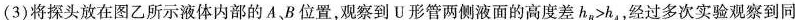
(3)将探头放在图乙所示液体内部的A、B位置，观察到U形管两侧液面的高度差h_{B}>h_{A}，经过多次实验观察到同